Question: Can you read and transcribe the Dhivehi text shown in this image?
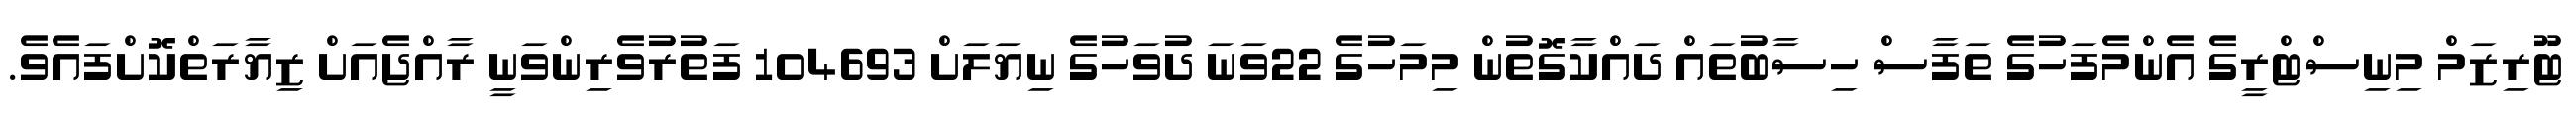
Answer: ޓޫރިޒަމް މިނިސްޓްރީގެ އެންމެފަހުގެ ތަފާސް ހިސާބުތައް ދައްކާގޮތުން މިމަހުގެ 22ވަނަ ދުވަހުގެ ނިޔަލަށް 104693 ފަތުރުވެރިންވަނީ ރާއްޖެއަށް ޒިޔާރަތްކޮށްފައެވެ.